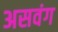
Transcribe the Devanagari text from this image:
असवंग